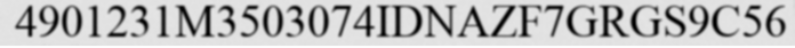
4901231M3503074IDNAZF7GRGS9C56